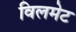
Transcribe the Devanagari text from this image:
विलमेट